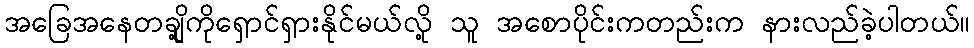
အခြေအနေတချို့ကိုရှောင်ရှားနိုင်မယ်လို့ သူ အစောပိုင်းကတည်းက နားလည်ခဲ့ပါတယ်။